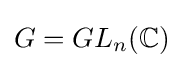
G=GL_{n}(\mathbb {C} )